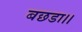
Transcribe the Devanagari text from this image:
बछडा।।